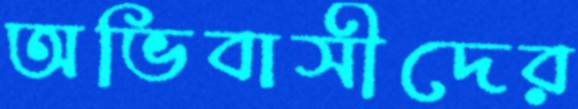
অভিবাসীদের